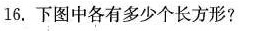
16.下图中各有多少个长方形?